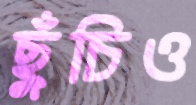
ছুঁচিও